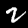
Label: 2